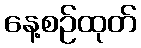
နေ့စဉ်ထုတ်